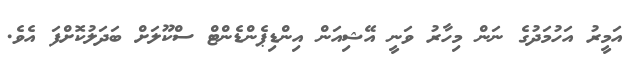
އަމީރު އަހުމަދުގެ ނަން މިހާރު ވަނީ އޭޝިއަން އިންޑިޕެންޑެންޓް ސްކޫލަށް ބަދަލުކޮށްފަ އެވެ.